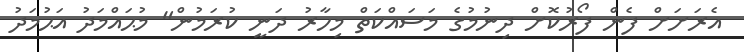
އެރަށަށް ފެން ފޯރުކޮށް ދިނުމުގެ މަސައްކަތް މިހާރު ދަނީ ކުރަމުން" މުޙައްމަދު އަޙުމަދު